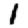
Digit: 1